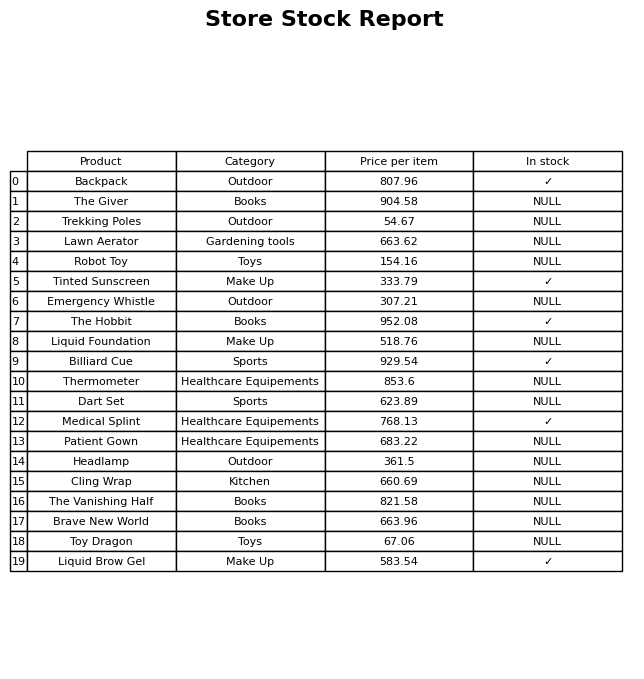
question: What is the stock status of the Emergency Whistle?
answer: NULL